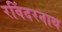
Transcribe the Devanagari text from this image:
रविंदरनाथ